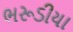
ભરૂડીયા